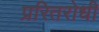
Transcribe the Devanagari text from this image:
प्ररितरोधी